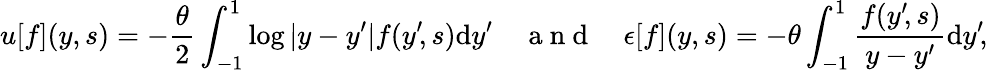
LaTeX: u[f](y,s)=-\frac{\theta}{2}\int_{-1}^{1}\log|y-y^{\prime}|f(y^{\prime}\! ,s)\mathrm{d}y^{\prime}\quad\mathrm{~a~n~d~}\quad\epsilon[f](y,s)=-\theta\int_{-1}^{1}\frac{f(y^{\prime}\! ,s)}{y-y^{\prime}}\mathrm{d}y^{\prime}\! ,